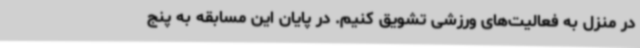
در منزل به فعالیت‌های ورزشی تشویق کنیم. در پایان این مسابقه به پنج